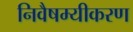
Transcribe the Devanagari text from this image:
निवैषम्यीकरण